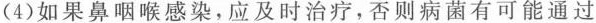
(4)如果鼻咽喉感染，应及时治疗，否则病菌有可能通过